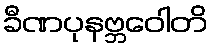
ခီဏပုနဗ္ဘဝေါတိ